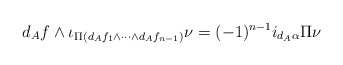
\begin{align*} d_{A}f\wedge \iota_{\Pi(d_{A}f_1\wedge\cdots\wedge d_{A}f_{n-1})}\nu= (-1)^{n-1} i_{d_{A}\alpha}\Pi\nu\end{align*}